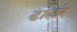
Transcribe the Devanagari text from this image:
ढालरे